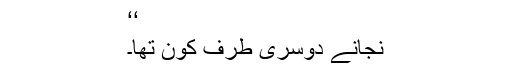
‘‘
نجانے دوسری طرف کون تھا۔